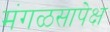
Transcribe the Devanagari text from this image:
मंगळसापेक्ष